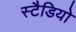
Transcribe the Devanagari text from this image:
स्टैडियो